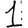
Digit: 1